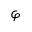
\varphi